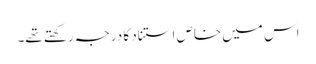
اس میں خاص استناد کا درجہ رکھتے تھے۔